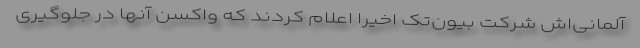
آلمانی‌اش شرکت بیون‌تک اخیرا اعلام کردند که واکسن آنها در جلوگیری